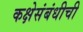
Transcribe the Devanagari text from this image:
कक्षेसंबंधीची